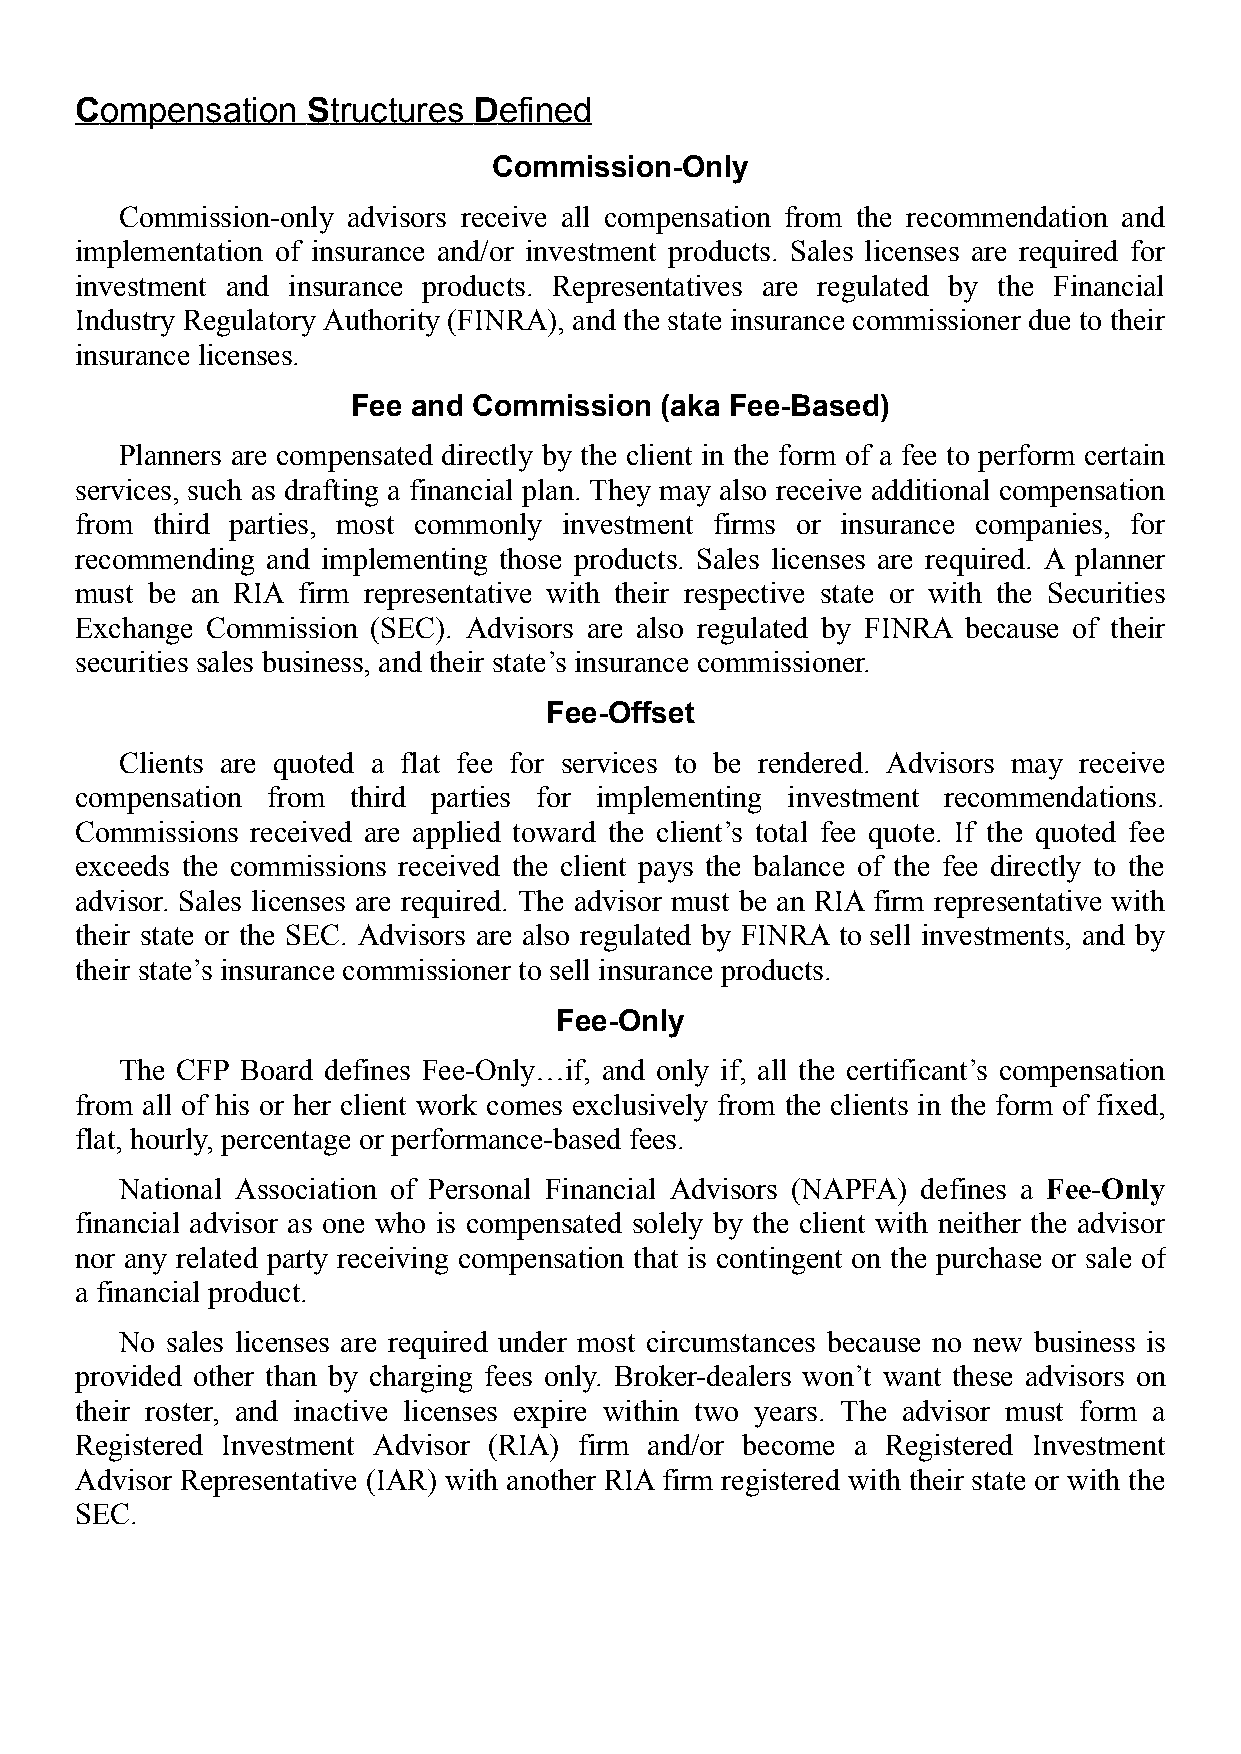
Compensation   Structures Defined
 Commission-Only
 Commission-only advisors receive all compensation from the recommendation and
 implementation of insurance and/or investment products. Sales licenses are required for
 investment and insurance products. Representatives are regulated by the Financial
 Industry Regulatory Authority (FINRA), and the state insurance commissioner due to their
 insurance licenses.
 Fee and Commission   (aka Fee-Based)
 Planners are compensated directly by the client in the form of a fee to perform certain
 services, such as drafting a financial plan. They may also receive additional compensation
 from third parties, most commonly investment firms or insurance companies, for
 recommending and implementing those products. Sales licenses are required. A planner
 must be an RIA firm representative with their respective state or with the Securities
 Exchange Commission (SEC). Advisors are also regulated by FINRA because of their
 securities sales business, and their state’s insurance commissioner.
 Fee-Offset
 Clients are quoted a flat fee for services to be rendered. Advisors may receive
 compensation from third parties for implementing investment recommendations.
 Commissions received are applied toward the client’s total fee quote. If the quoted fee
 exceeds the commissions received the client pays the balance of the fee directly to the
 advisor. Sales licenses are required. The advisor must be an RIA firm representative with
 their state or the SEC. Advisors are also regulated by FINRA to sell investments, and by
 their state’s insurance commissioner to sell insurance products.
 Fee-Only
 The CFP Board defines Fee-Only…if, and only if, all the certificant’s compensation
 from all of his or her client work comes exclusively from the clients in the form of fixed,
 flat, hourly, percentage or performance-based fees.
 National Association of Personal Financial Advisors (NAPFA) defines a Fee-Only
 financial advisor as one who is compensated solely by the client with neither the advisor
 nor any related party receiving compensation that is contingent on the purchase or sale of
 a financial product.
 No sales licenses are required under most circumstances because no new business is
 provided other than by charging fees only. Broker-dealers won’t want these advisors on
 their roster, and inactive licenses expire within two years. The advisor must form a
 Registered Investment Advisor (RIA) firm and/or become a Registered Investment
 Advisor Representative (IAR) with another RIA firm registered with their state or with the
 SEC.